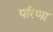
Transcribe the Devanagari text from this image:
परिणा